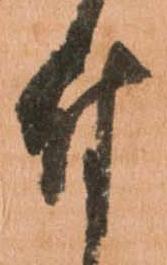
付